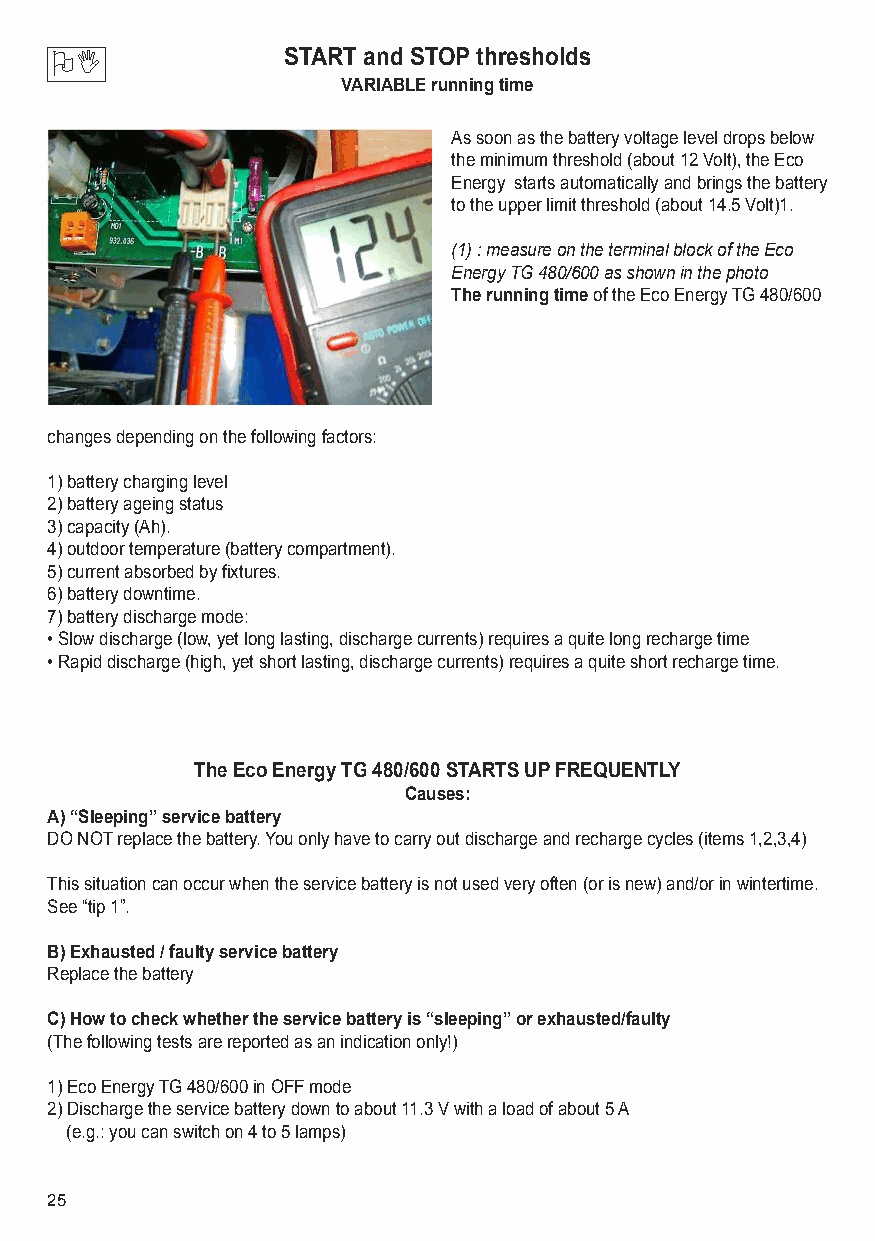
OI              START and STOP thresholds
 VARIABLE running time
 As soon as the battery voltage level drops below
 the minimum threshold (about 12 Volt), the Eco
 Energy starts automatically and brings the battery
 to the upper limit threshold (about 14.5 Volt)1.
 (1) : measure on the terminal block of the Eco
 Energy TG 480/600 as shown in the photo
 The running timeof the Eco Energy TG 480/600
 changes depending on the following factors:
 1) battery charging level
 2) battery ageing status
 3) capacity (Ah).
 4) outdoor temperature (battery compartment).
 5) current absorbed by fixtures.
 6) battery downtime.
 7) battery discharge mode:
 • Slow discharge (low, yet long lasting, discharge currents) requires a quite long recharge time
 • Rapid discharge (high, yet short lasting, discharge currents) requires a quite short recharge time.
 The Eco Energy TG 480/600 STARTS UP FREQUENTLY
 Causes:
 A) “Sleeping” service battery
 DO NOT replace the battery. You only have to carry out discharge and recharge cycles (items 1,2,3,4)
 This situation can occur when the service battery is not used very often (or is new) and/or in wintertime.
 See “tip 1”.
 B) Exhausted / faulty service battery
 Replace the battery
 C) How to check whether the service battery is “sleeping” or exhausted/faulty
 (The following tests are reported as an indication only!)
 1) Eco Energy TG 480/600 in OFF mode
 2) Discharge the service battery down to about 11.3 V with a load of about 5 A
 (e.g.: you can switch on 4 to 5 lamps)
 25